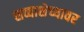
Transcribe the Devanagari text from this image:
सव्वाशेच्यावर